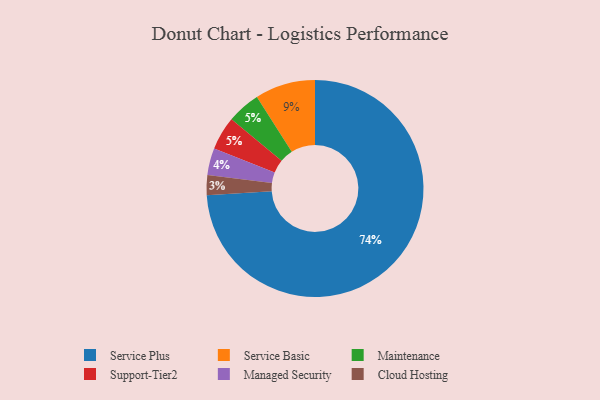
{"axis": {"x": "Category", "y": "Percentage"}, "legend": ["Cloud Hosting", "Maintenance", "Managed Security", "Service Basic", "Service Plus", "Support-Tier2"], "data": [{"x": "Maintenance", "y": 5, "type": "Maintenance"}, {"x": "Managed Security", "y": 4, "type": "Managed Security"}, {"x": "Cloud Hosting", "y": 3, "type": "Cloud Hosting"}, {"x": "Support-Tier2", "y": 5, "type": "Support-Tier2"}, {"x": "Service Plus", "y": 74, "type": "Service Plus"}, {"x": "Service Basic", "y": 9, "type": "Service Basic"}]}